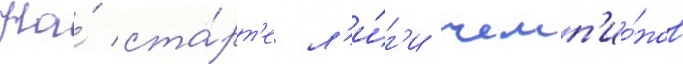
На́ ста́рт'е л'и́г'и чемп'ио́нов